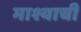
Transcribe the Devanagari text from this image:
माश्याची